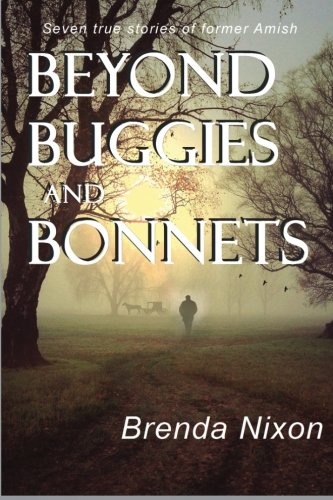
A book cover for Beyond Buggies and Bonnets: Seven true stories of former Amish; Brenda Nixon; Christian Books & Bibles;